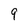
Character: 9